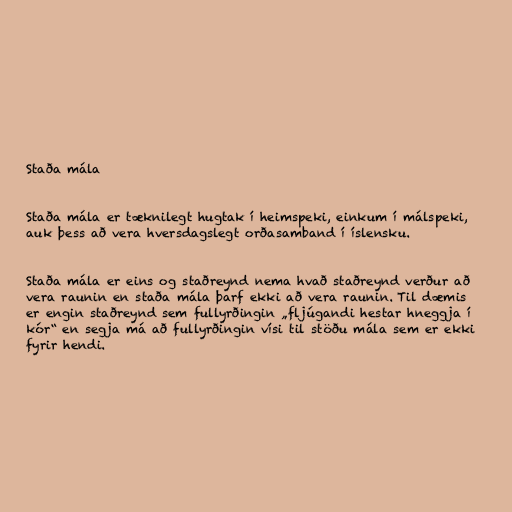
Staða mála

Staða mála er tæknilegt hugtak í heimspeki, einkum í málspeki,
auk þess að vera hversdagslegt orðasamband í íslensku.

Staða mála er eins og staðreynd nema hvað staðreynd verður að
vera raunin en staða mála þarf ekki að vera raunin. Til dæmis
er engin staðreynd sem fullyrðingin „fljúgandi hestar hneggja í
kór“ en segja má að fullyrðingin vísi til stöðu mála sem er ekki
fyrir hendi.